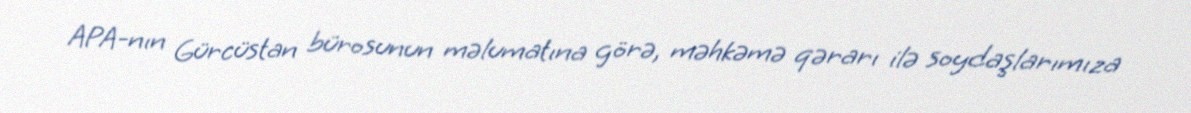
APA-nın Gürcüstan bürosunun məlumatına görə, məhkəmə qərarı ilə soydaşlarımıza